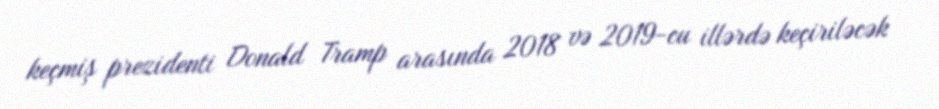
keçmiş prezidenti Donald Tramp arasında 2018 və 2019-cu illərdə keçiriləcək